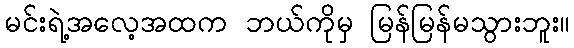
မင်းရဲ့အလေ့အထက ဘယ်ကိုမှ မြန်မြန်မသွားဘူး။